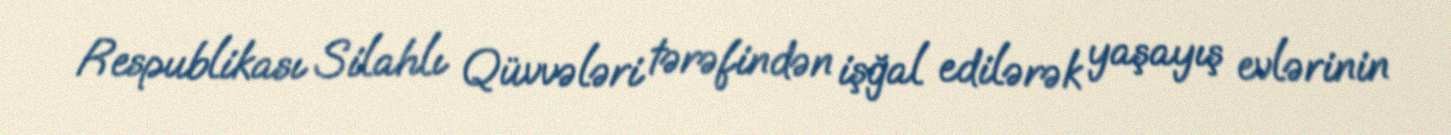
Respublikası Silahlı Qüvvələri tərəfindən işğal edilərək yaşayış evlərinin